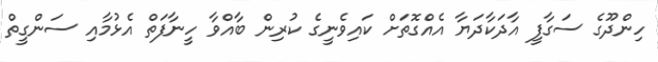
ހިންދޫގެ ސަގާފީ އާދަކާދަޔާ އެއްގޮތަށް ކައިވެނީގެ ކުރިން ބާއްވާ ހީނާފަތް އެޅުމާއި ސަންގީތް